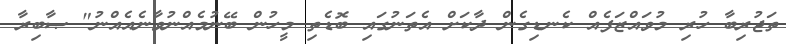
ތަޖުރިބާ ހުރި މުވައްޒަފެއް ކެނޑިގެން ދާކަށް އެތަނުގައި ބޮޑެތި މީހުން ބޭނުމެއްނުވާނެއެއްނު" ޞާބިރާ